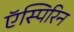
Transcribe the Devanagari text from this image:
ऍस्पिरिन